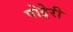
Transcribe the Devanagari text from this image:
पोट्टेरी